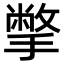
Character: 撆